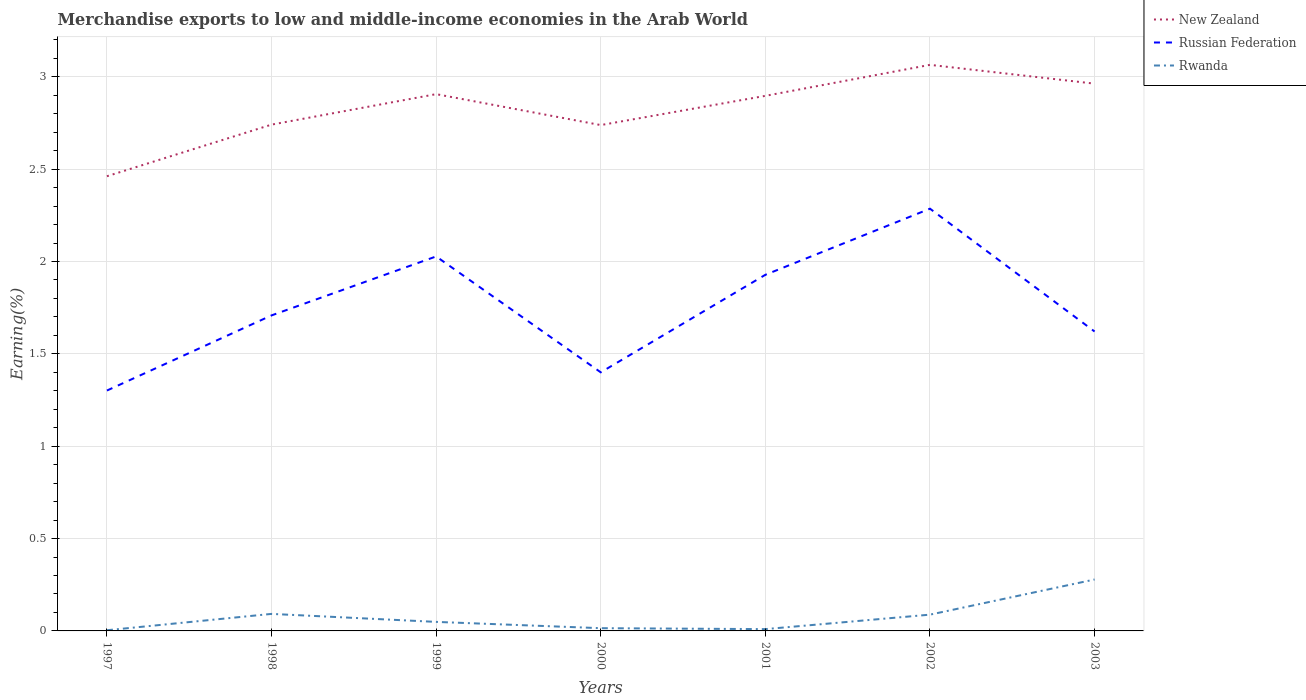
| Years | New Zealand | Russian Federation | Rwanda |
 | --- | --- | --- | --- |
 | 1997 | 2.46 | 1.3 | 0.00364 |
 | 1998 | 2.74 | 1.71 | 0.0922 |
 | 1999 | 2.91 | 2.03 | 0.0489 |
 | 2000 | 2.74 | 1.4 | 0.0148 |
 | 2001 | 2.9 | 1.93 | 0.00976 |
 | 2002 | 3.06 | 2.29 | 0.0881 |
 | 2003 | 2.96 | 1.62 | 0.278 |